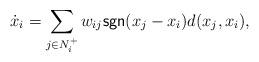
LaTeX: \begin{align*}\dot{x}_i=\sum_{j\in N_i^+}w_{ij} \mathsf{sgn}(x_j-x_i) d(x_j,x_i),\end{align*}